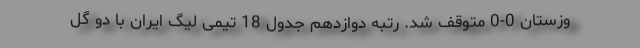
وزستان 0-0 متوقف شد. رتبه دوازدهم جدول 18 تیمی لیگ ایران با دو گل